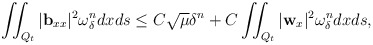
\begin{align*} & \iint_{Q_t} |\mathbf{b}_{xx}|^2 \omega_\delta ^n dxds\leq C\sqrt{\mu}\delta^{n}+C \iint_{Q_t}|\mathbf{w}_x|^2 \omega_\delta ^{n}dxds, \end{align*}